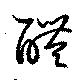
醴